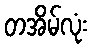
တအိမ်လုံး